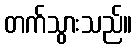
တက်သွားသည်။